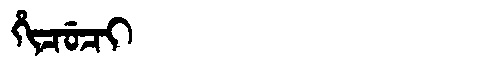
Manchu: ᡥᡳᠴᡠᠴᡳ
Romanization: HICUCI